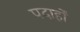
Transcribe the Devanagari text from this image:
पदार्हों